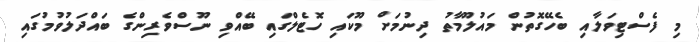
މި ފެސްޓިވަލާއި ބެހޭގޮތުން މައުލޫމާތު ދިނުމަށް މޫކައި ހޮޓެލްގައި ބޭއްވި ނޫސްވެރިންގެ ބައްދަލުވުމުގައި